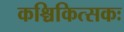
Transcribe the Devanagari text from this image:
कश्चिकित्सकः